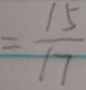
= \frac { 1 5 } { 1 7 }